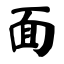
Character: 面